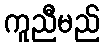
ကူညီမည်